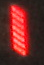
1